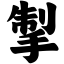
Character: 掣